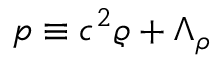
p \equiv c ^ { 2 } \varrho + \Lambda _ { \rho }